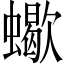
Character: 蠍